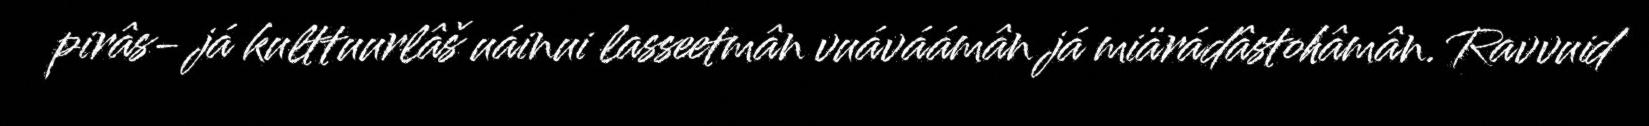
pirâs- já kulttuurlâš uáinui lasseetmân vuáváámân já miärádâstohâmân. Ravvuid